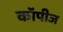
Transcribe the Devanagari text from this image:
कॉपीज